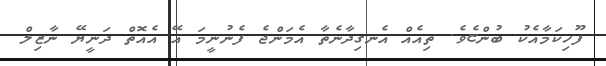
ފޫހިކަމާއެކު ބުންޏެވެ. ތިއެއް އެނގިދާނެތާ އެމަންޖެ ފެނުނީމަ އޭ އެއޮތް ދަނީޔޭ ނާޒިލް